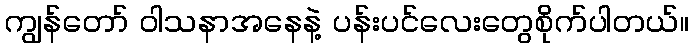
ကျွန်တော် ဝါသနာအနေနဲ့ ပန်းပင်လေးတွေစိုက်ပါတယ်။